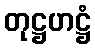
တုဋ္ဌဟဋ္ဌံ